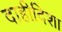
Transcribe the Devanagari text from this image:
दाहीदिशा